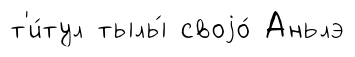
т'и́тул тылы́ своjо́ Аньлэ